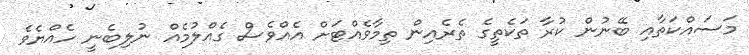
މަސައްކަތާއި ބޭނުން ކުރާ ތަކެތީގެ ތެރެއިން ތިމާވެއްޓަށް އެއްވެސް ގެއްލުމެއް ނުލިބެނީ ހެއްޔެވެ